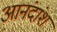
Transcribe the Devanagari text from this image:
आनंदांश